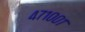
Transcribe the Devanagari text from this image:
४७१००१